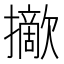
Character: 𢸈